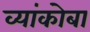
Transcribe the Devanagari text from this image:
व्यांकोबा